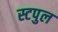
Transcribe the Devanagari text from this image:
स्टपुल